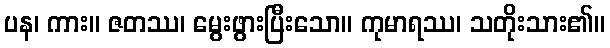
ပန၊ ကား။ ဇတဿ၊ မွေးဖွားပြီးသော။ ကုမာရဿ၊ သတိုးသား၏။